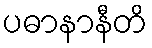
ပဓာနာနီတိ